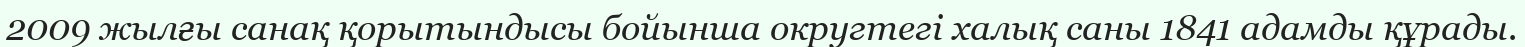
2009 жылғы санақ қорытындысы бойынша округтегі халық саны 1841 адамды құрады.